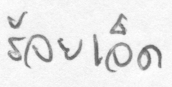
ร้อยเอ็ด